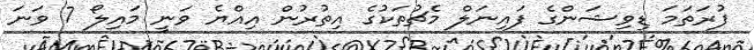
ފުރަތަމަ ޑިވިޝަންގެ ފައިނަލް މެޗުތަކުގެ އިތުރުން އިއްޔެ ވަނީ މައިލޯ 7 ވަނަ